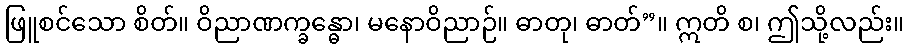
ဖြူစင်သော စိတ်။ ဝိညာဏက္ခန္ဓော၊ မနောဝိညာဉ်။ ဓာတု၊ ဓာတ်”။ ဣတိ စ၊ ဤသို့လည်း။